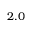
2 . 0